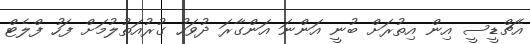
އެޗްޑީސީ އިން އިތުރަށް ބުނީ އަންނަ އަންގާރަ ދުވަހު ގުރުއަތުލުމަށް ފަހު ފްލެޓް